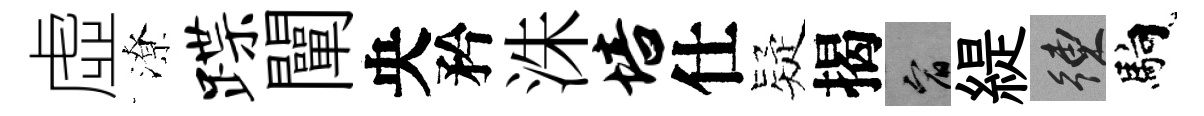
虛潦蹀闡央矜洙培仕疑揭宥緹練馿